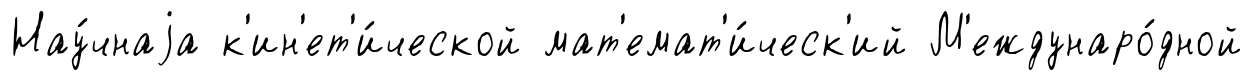
Нау́чнаjа к'ин'ет'и́ческой мат'емат'и́ческ'ий М'еждунаро́дной